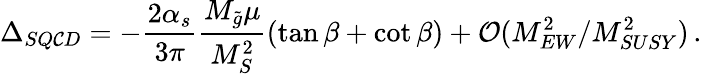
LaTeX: \Delta_{SQ\mathcal{C}D}=-\frac{{2\alpha_{s}}}{{3\pi}}\frac{{M_{\tilde{{g}}}\mu}}{{M_{S}^{2}}}(\tan\beta+\cot\beta)+\mathcal{{O}}(M_{EW}^{2}/M_{SUSY}^{2})\, .